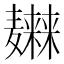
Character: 𱋭